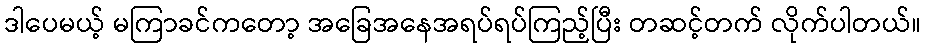
ဒါပေမယ့် မကြာခင်ကတော့ အခြေအနေအရပ်ရပ်ကြည့်ပြီး တဆင့်တက် လိုက်ပါတယ်။